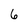
Character: 6